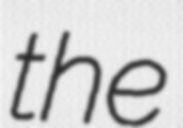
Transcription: the